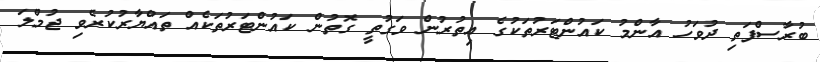
ބުރާސްފަތި ދުވަހު އާންމު ކައުންޓަރުތަކުގެ އިތުރުން ވަގުތީ ގޮތުން ކައުންޓަރުތަކެއް ތައްޔާރުކުރެވި ޖުމްލަ